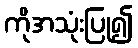
ကိုအသုံးပြု၍